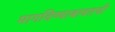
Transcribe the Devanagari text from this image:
मागविण्याबाबतची